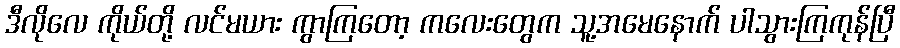
ဒီလိုလေ ကိုယ်တို့ လင်မယား ကွာကြတော့ ကလေးတွေက သူ့အမေနောက် ပါသွားကြကုန်ပြီ